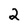
Character: 2